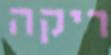
ריקה